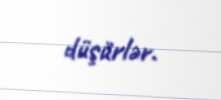
düşürlər.